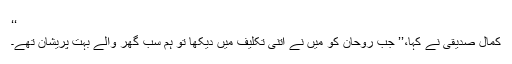
‘‘
کمال صدیقی نے کہا،’’ جب روحان کو میں نے اتنی تکلیف میں دیکھا تو ہم سب گھر والے بہت پریشان تھے۔